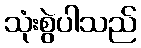
သုံးစွဲပါသည်